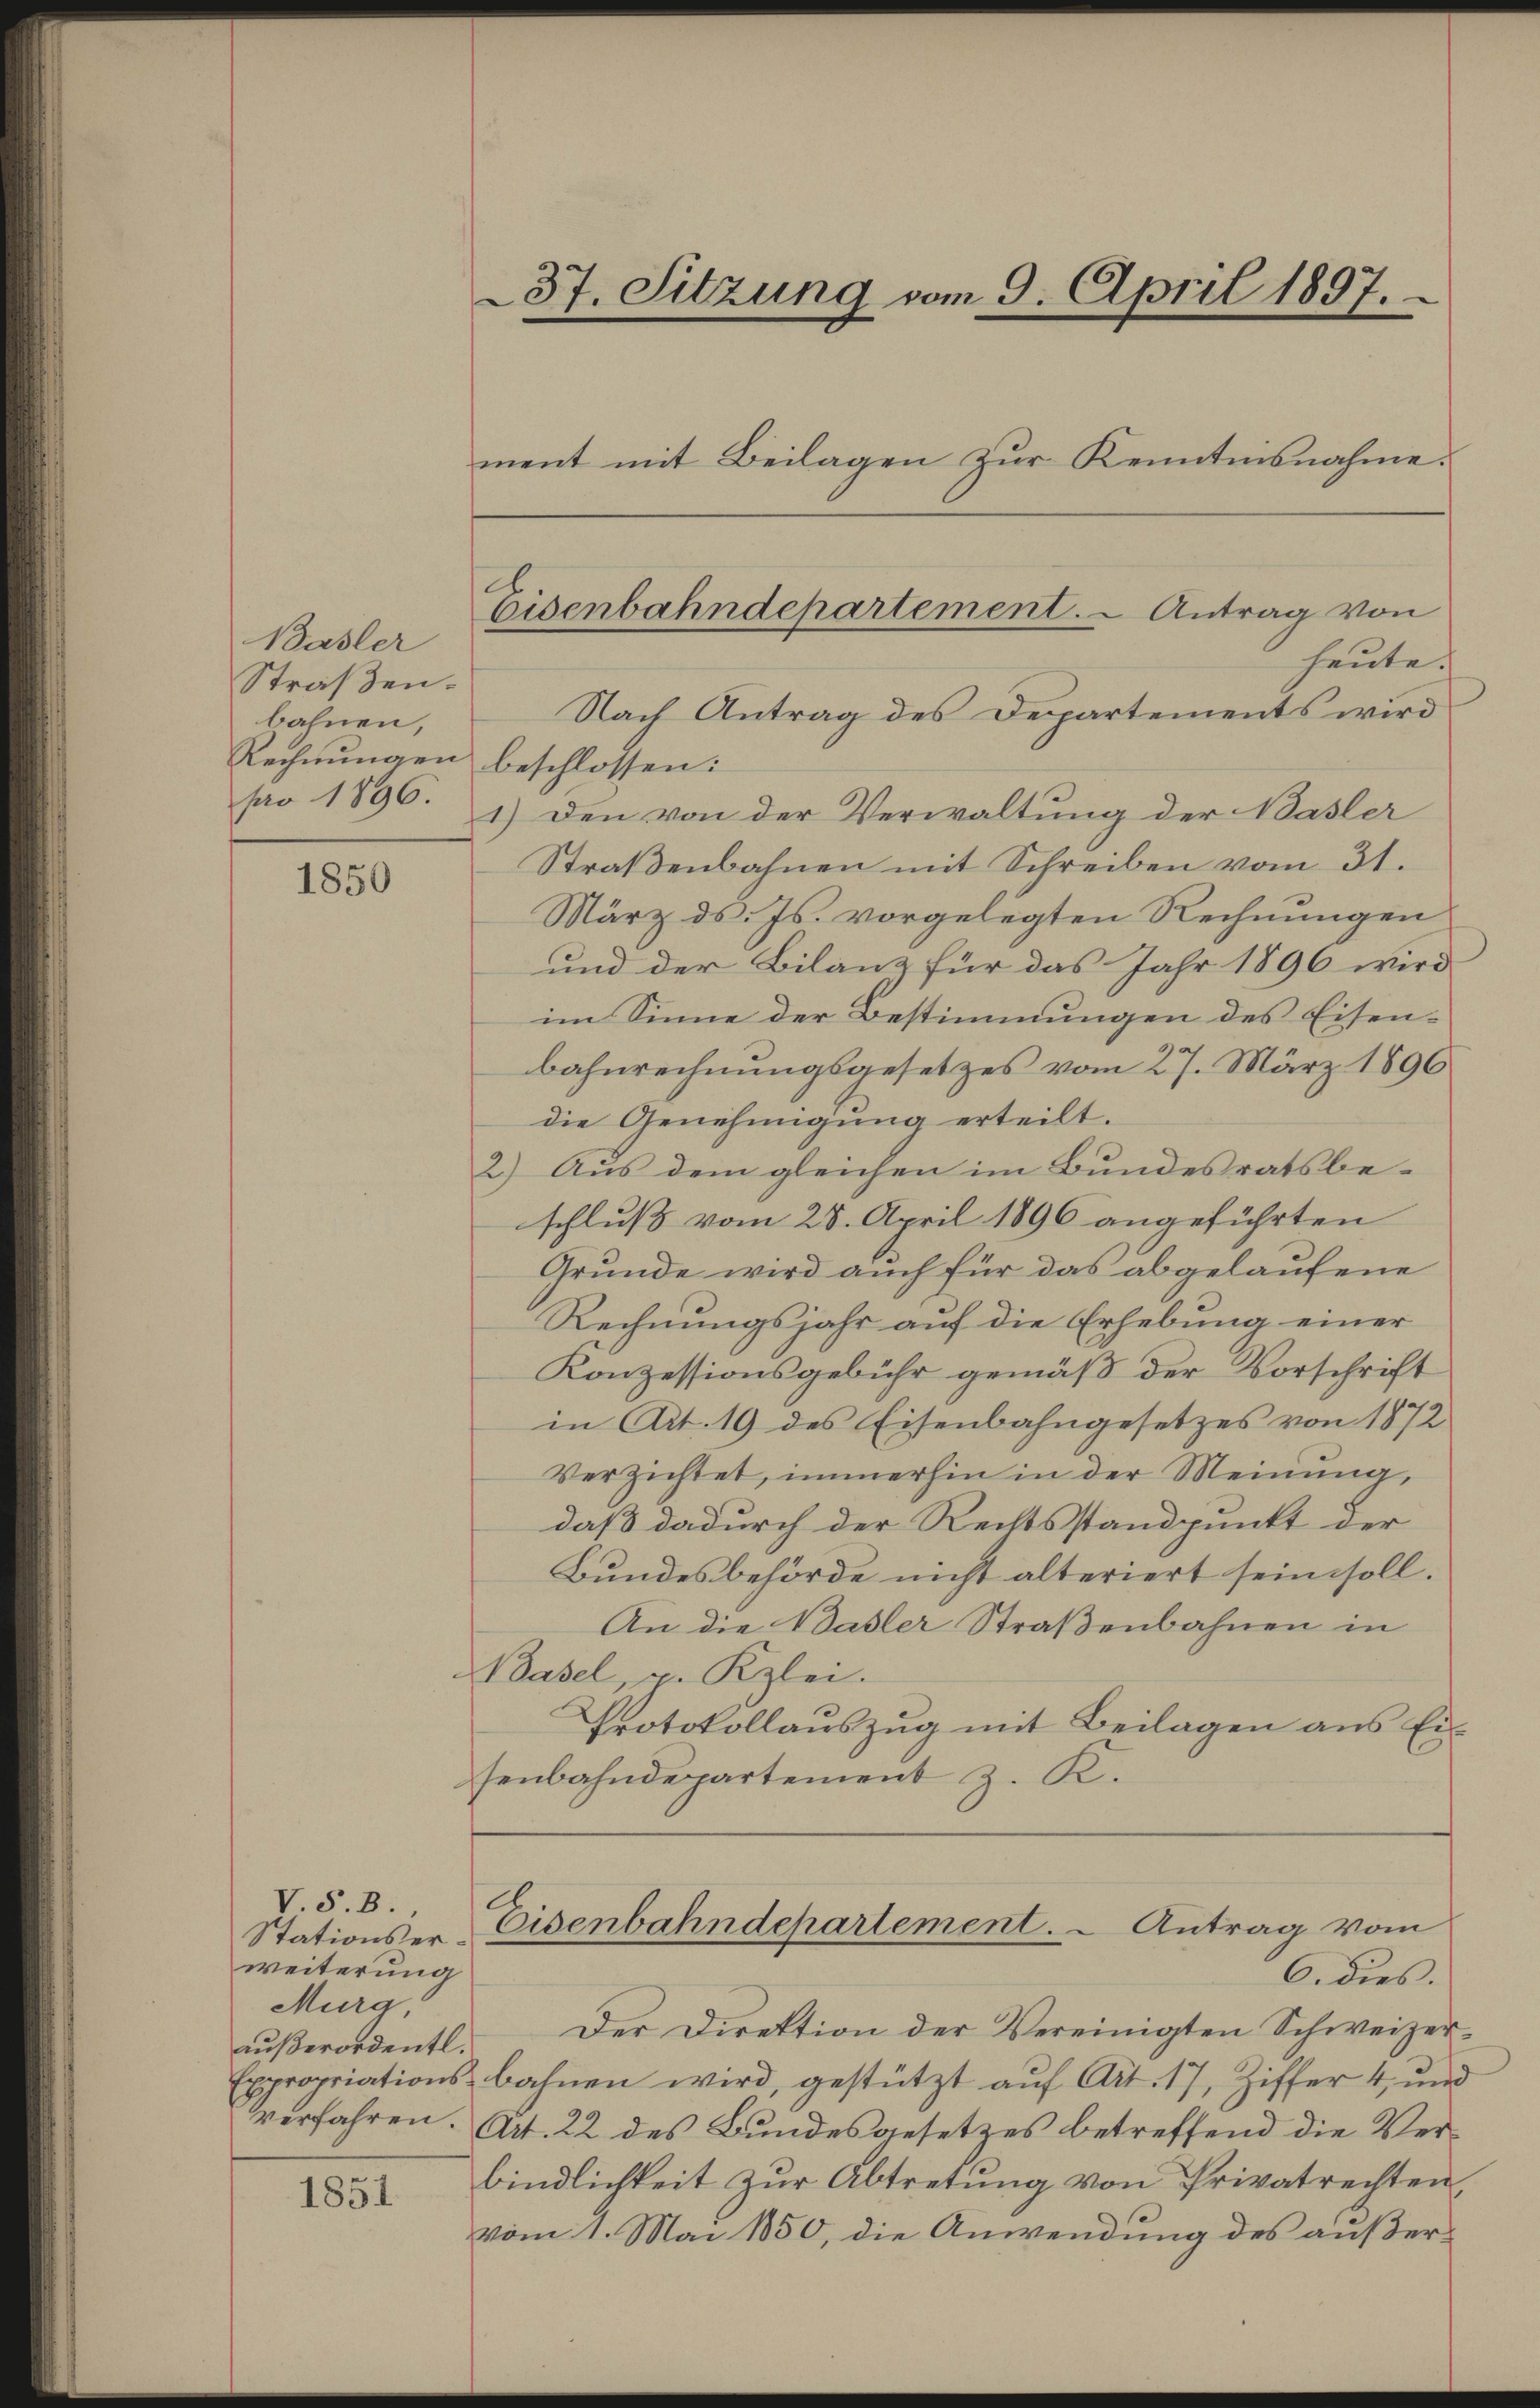
Basler
Straßen.
bahnen,
Rechnungen
pro 1896.

1850

V.S.B.
Stationserweiterung
Murg,
außerordentl.

1851

37. Sitzung vom 9. April 1897.
ment mit Beilagen zur Kenntnisnahme.

Eisenbahndepartement. - Antrag von
heute.

Nach Antrag des Departements wird
beschlossen:
1.) Den von der Verwaltung der Basler
Straßenbahnen mit Schreiben vom 31.
März ds. Js. vorgelegten Rechnungen
und der Bilanz für das Jahr 1896 wird
im Sinne der Bestimmungen des Eisenbahnrechnungsgesetzes vom 27. März 1896.
die Genehmigung erteilt.
2) Aus dem gleichen im Bundesratsbeschluß vom 28. April 1896 angeführten
Grunde wird auch für das abgelaufene
Rechnungsjahr auf die Erhebung einer
Konzessionsgebühr gemäß der Vorschrift
in Art. 19 des Eisenbahngesetzes von 1872
Verzichtet, immerhin in der Meinung,
daß dadurch der Rechtsstandpunkt der
Bundesbehörde nicht alteriert sein soll.
An die Basler Straßenbahnen in
Basel, p. Kzlei.
Protokollauszug mit Beilagen aus Ei
senbahndepartement z. K.

Eisenbahndepartement. Antrag vom

6. dies.
Der Direktion der Vereinigten Schweizer¬
Expropriationsbahnen wird, gestützt aŭf Art. 17, Ziffer 4, und
verfahren. Art. 22 des Bundesgesetzes betreffend die Verbindlichkeit zŭr Abtretŭng von Privatrechten,
vom 1. Mai 1850, die Anwendung des außer¬